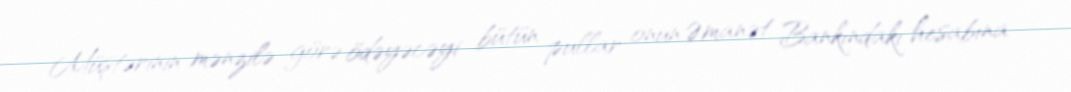
Müştərinin mənzilə görə ödəyəcəyi bütün pullar onun Əmanət Bankındakı hesabına